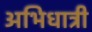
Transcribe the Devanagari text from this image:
अभिधात्री